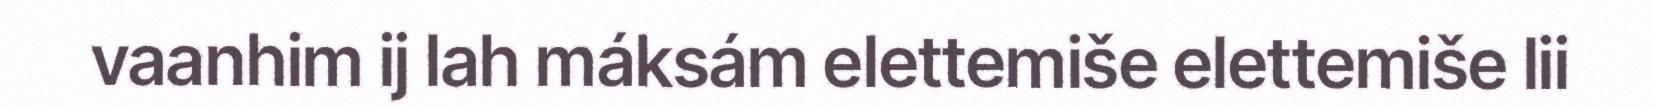
vaanhim ij lah máksám elettemiše elettemiše lii